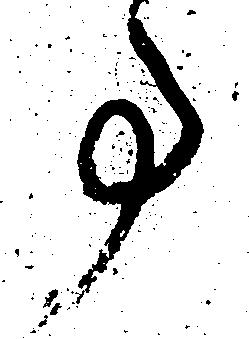
事